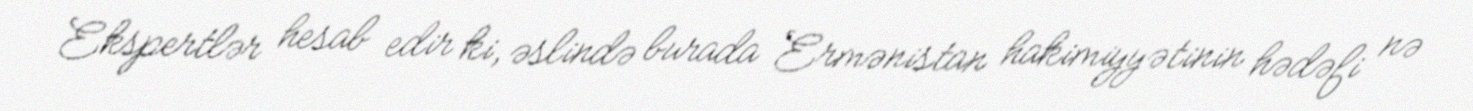
Ekspertlər hesab edir ki, əslində burada Ermənistan hakimiyyətinin hədəfi nə